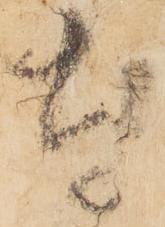
奉